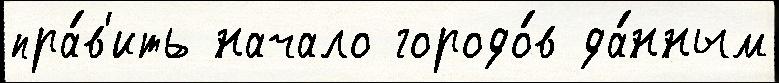
пра́в'ить начало городо́в да́нным